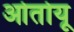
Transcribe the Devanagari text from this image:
ओतोयू